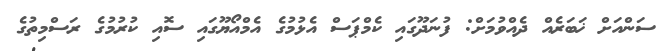
ސަންއަށް ޚަބަރެއް ދެއްވުމަށް: ފުނަދޫގައި ކެމްޕަސް އެޅުމުގެ އެމްއޯޔޫގައި ސޮއި ކުރުމުގެ ރަސްމިތުގެ